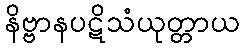
နိဗ္ဗာနပဋိသံယုတ္တာယ